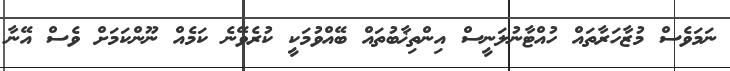
ނަމަވެސް މުޒާހަރާތައް ހުއްޓާނުލަނީސް އިންތިޚާބުތައް ބޭއްވުމަކީ ކުރެވޭނެ ކަމެއް ނޫންކަމަށް ވެސް އޭނާ